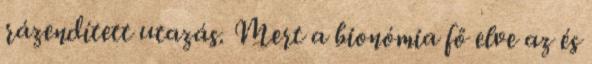
rázendített utazás. Mert a bionómia fő elve az és